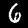
Label: 6